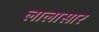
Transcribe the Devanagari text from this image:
लालासार